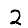
Digit: 2